Scientific memoirs by medical officers of the Army of India - Part III,
Year: 1887
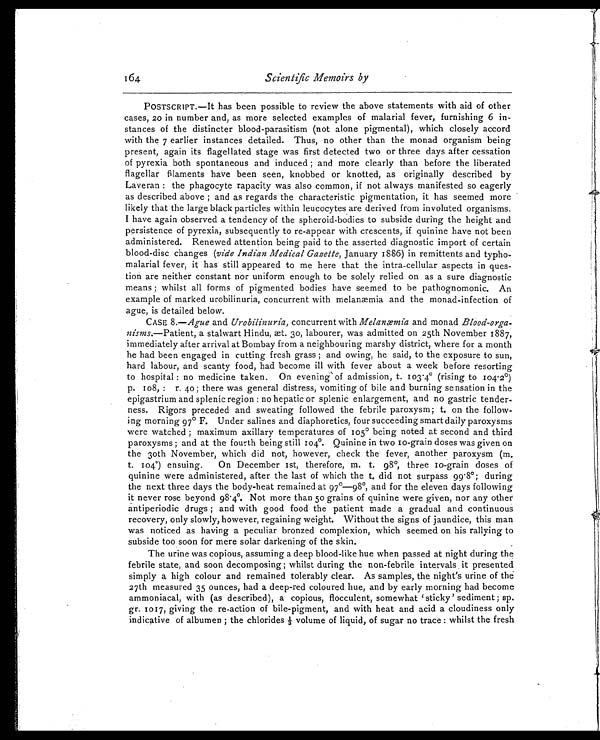
164
Scientific Memoirs by
POSTSCRIPT.—It has been possible to review the above statements with aid of other
cases, 20 in number and, as more selected examples of malarial fever, furnishing 6 in--
stances of the distincter blood-parasitism (not alone pigmental), which closely accord
with the 7 earlier instances detailed. Thus, no other than the monad organism being
present, again its flagellated stage was first detected two or three days after cessation
of pyrexia both spontaneous and induced ; and more clearly than before the liberated
flagellar filaments have been seen, knobbed or knotted, as originally described by
Laveran : the phagocyte rapacity was also common, if not always manifested so eagerly
as described above ; and as regards the characteristic pigmentation, it has seemed more
likely that the large black particles within leucocytes are derived from involuted organisms.
I have again observed a tendency of the spheroid-bodies to subside during the height and
persistence of pyrexia, subsequently to re-appear with crescents, if quinine have not been
administered. Renewed attention being paid to the asserted diagnostic import of certain
blood-disc changes ( vide Indian Medical Gazette, January 1886) in remittents and typho-
-malarial fever, it has still appeared to me here that the intra-cellular aspects in ques--
tion are neither constant nor uniform enough to be solely relied on as a sure diagnostic
means ; whilst all forms of pigmented bodies have seemed to be pathognomonic. An
example of marked urobilinuria, concurrent with melanæmia and the monad-infection of
ague, is detailed below.
CASE 8.— Ague and Urobilinuria, concurrent with Melanæmia and monad Blood-orga-
-nisms.—Patient, a stalwart Hindu, æt. 30, labourer, was admitted on 25th November 1887,
immediately after arrival at Bombay from a neighbouring marshy district, where for a month
he had been engaged in cutting fresh grass ; and owing, he said, to the exposure to sun,
hard labour, and scanty food, had become ill with fever about a week before resorting
to hospital : no medicine taken. On evening of admission, t. 103.4° (rising to 104.2°)
p. 108, : r. 40 ; there was general distress, vomiting of bile and burning sensation in the
epigastrium and splenic region : no hepatic or splenic enlargement, and no gastric tender--
ness. Rigors preceded and sweating followed the febrile paroxysm ; t. on the follow--
ing morning 97° F. Under salines and diaphoretics, four succeeding smart daily paroxysms
were watched ; maximum axillary temperatures of 105° being noted at second and third
paroxysms ; and at the fourth being still 104°. Quinine in two 10-grain doses was given on
the 30th November, which did not, however, check the fever, another paroxysm (m.
t. 104°) ensuing. On December 1st, therefore, m. t. 98°, three 10-grain doses of
quinine were administered, after the last of which the t. did not surpass 99.8°; during
the next three days the body-heat remained at 97°—98°, and for the eleven days following
it never rose beyond 98.4°. Not more than 50 grains of quinine were given, nor any other
antiperiodic drugs ; and with good food the patient made a gradual and continuous
recovery, only slowly, however, regaining weight. Without the signs of jaundice, this man
was noticed as having a peculiar bronzed complexion, which seemed on his rallying to
subside too soon for mere solar darkening of the skin.
The urine was copious, assuming a deep blood-like hue when passed at night during the
febrile state, and soon decomposing ; whilst during the non-febrile intervals it presented
simply a high colour and remained tolerably clear. As samples, the night’s urine of the
27th measured 35 ounces, had a deep-red coloured hue, and by early morning had become
ammoniacal, with (as described), a copious, flocculent, somewhat ‘sticky’ sediment ; sp.
gr. 1017, giving the re-action of bile-pigment, and with heat and acid a cloudiness only
indicative of albumen ; the chlorides ⅓ volume of liquid, of sugar no trace : whilst the fresh